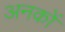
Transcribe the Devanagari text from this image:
अनकों